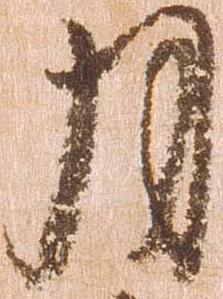
月